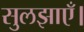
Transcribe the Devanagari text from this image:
सुलझाएँ।